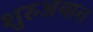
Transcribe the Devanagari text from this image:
शुरुअबात